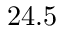
2 4 . 5